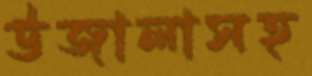
উজালাসহ